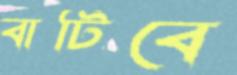
বাটিবে